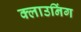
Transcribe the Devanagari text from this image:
क्लाउनिंग